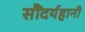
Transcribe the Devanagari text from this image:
सौंदर्यहानी